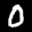
Label: 0